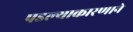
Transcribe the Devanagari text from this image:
पडल्याकारणाने